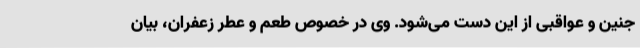
جنین و عواقبی از این دست می‌شود. وی در خصوص طعم و عطر زعفران، بیان